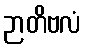
ဉာတိဗလံ